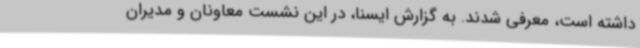
داشته است، معرفی شدند. به گزارش ایسنا، در این نشست معاونان و مدیران